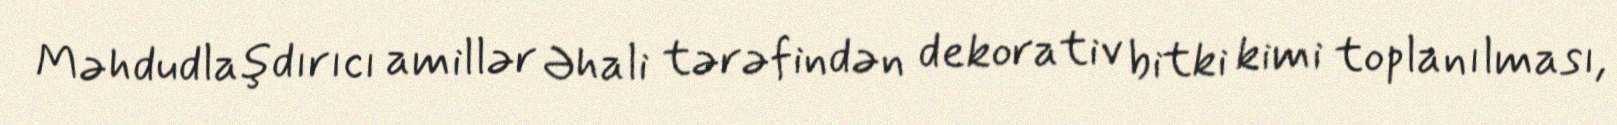
Məhdudlaşdırıcı amillər Əhali tərəfindən dekorativ bitki kimi toplanılması,